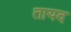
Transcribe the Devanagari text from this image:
तायद